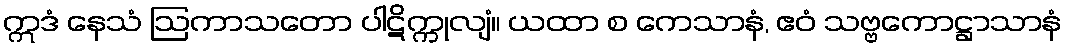
ဣဒံ နေသံ ဩကာသတော ပါဋိက္ကုလျံ။ ယထာ စ ကေသာနံ, ဧဝံ သဗ္ဗကောဋ္ဌာသာနံ